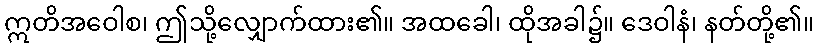
ဣတိအဝေါစ၊ ဤသို့လျှောက်ထား၏။ အထခေါ၊ ထိုအခါ၌။ ဒေဝါနံ၊ နတ်တို့၏။